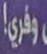
وفري!